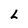
Character: L